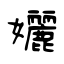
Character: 孋